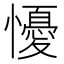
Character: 懮